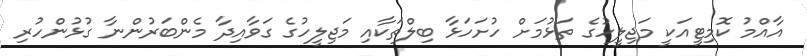
އާއްމު ކޮމިޓީއަކީ މަޖިލީހުގެ ތަޅުމަށް ހުށަހަޅާ ބިލްތަކާއި މަޖިލީހުގެ ގަވާއިދާ މެންބަރުންނާ ގުޅުންހުރި